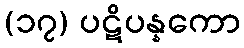
(၁၇) ပဋိပန္နကော